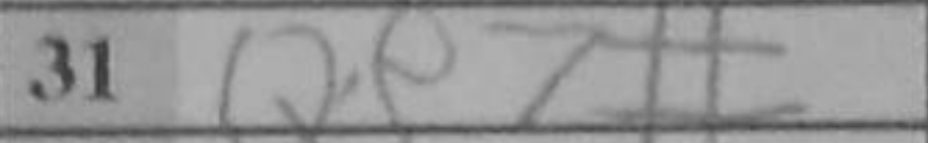
Transcription: Qe7#